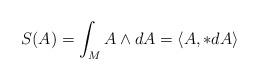
LaTeX: \begin{align*}S(A)=\int_M A\wedge dA = \langle A, *dA \rangle\end{align*}